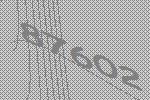
87602